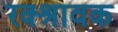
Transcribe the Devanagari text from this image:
रक्श्रावक